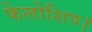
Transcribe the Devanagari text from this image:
फेलोशिप।